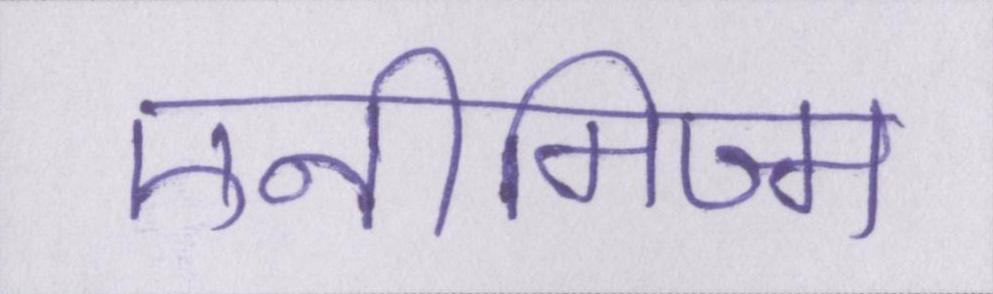
एनीमिज्म